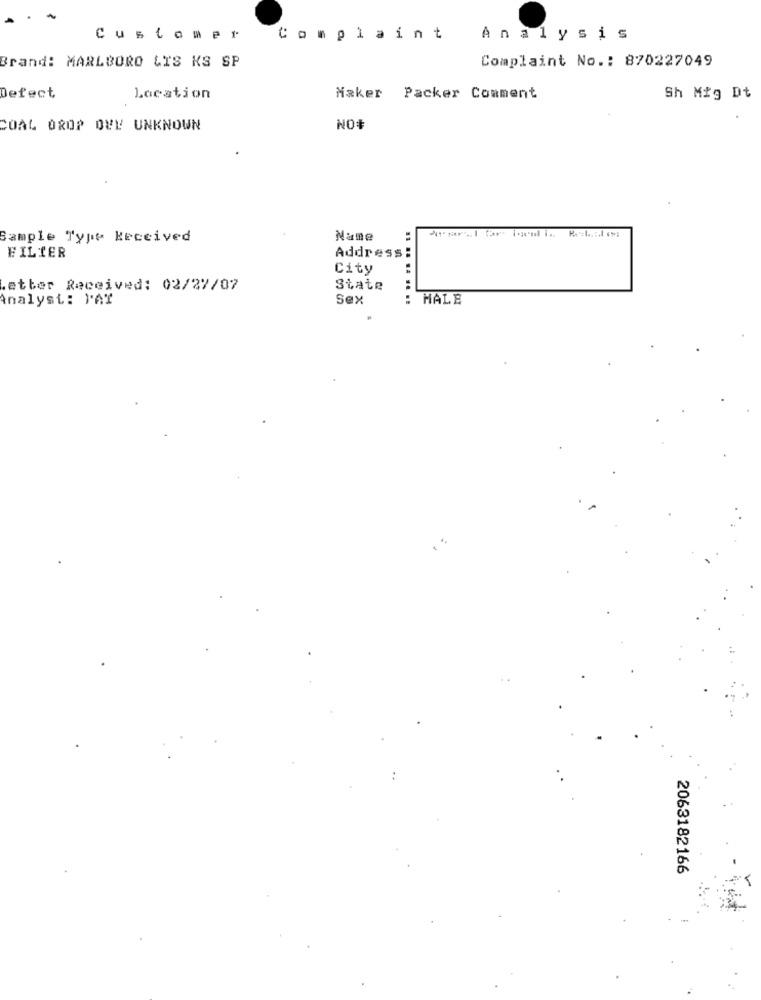
Customer
Complaint
Analysis
Brand: MARLBORO LIS KS SP
Complaint No .: 870227049
Defect
Location
Maker Packer Comment
Sh Mig Dt
COAL OROP OWY UNKNOWN
NO#
Sample Type Received
Name
FILIER
Address :
City
:
.etter Received: 02/27/07
State
:
Analyst: PAY
Sex
MALE
2063182166